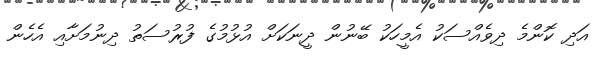
އަދި ކޮންމެ ދިވެއްސަކު އެމީހަކު ބޭނުން ދީނަކަށް އުޅުމުގެ ފުރުސަތު ދިނުމަށާއި އެހެން